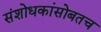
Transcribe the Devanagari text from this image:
संशोधकांसोबतच